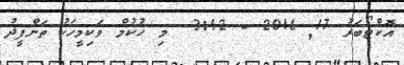
އޮކްޓޯބަރު 17